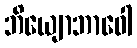
ဘိယျောဘာဝေါ